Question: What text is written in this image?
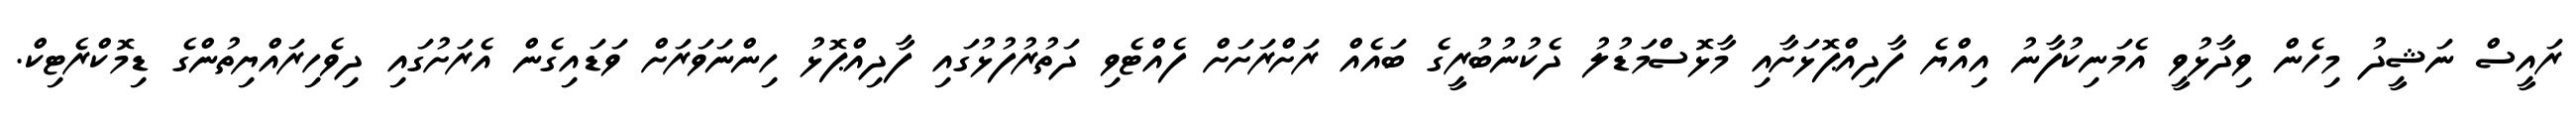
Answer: ރައީސް ނަޝީދު މިހެން ވިދާޅުވީ އެމަނިކުފާނު އިއްޔެ ފާދިއްޕޮޅަށާއި މާޅޮސްމަޑުލު ދެކުނުބުރީގެ ބައެއް ރަށްރަށަށް ފެއްޓެވި ދަތުރުފުޅުގައި ފާދިއްޕޮޅު ހިންނަވަރަށް ވަޑައިގެން އެރަށުގައި ދިވެހިރައްޔިތުންގެ ޑިމޮކްރެޓިކް.